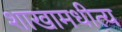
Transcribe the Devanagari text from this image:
शाखामधीत्य